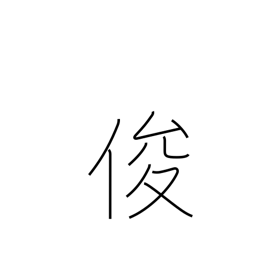
Meaning: sagacious